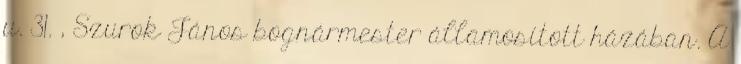
u. 31. , Szurok János bognármester államosított házában. A